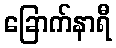
ခြောက်နာရီ